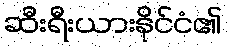
ဆီးရီးယားနိုင်ငံ၏